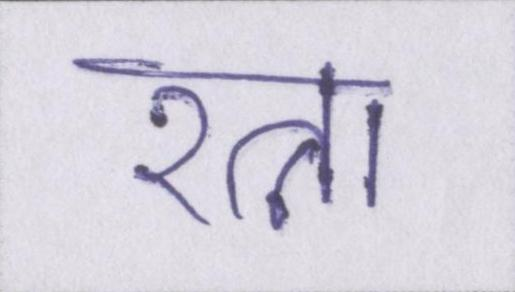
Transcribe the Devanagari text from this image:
रत्ना